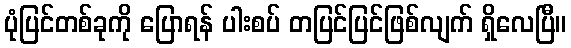
ပုံပြင်တစ်ခုကို ပြောရန် ပါးစပ် တပြင်ပြင်ဖြစ်လျက် ရှိလေပြီ။